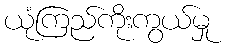
ယုံကြည်ကိုးကွယ်မှု